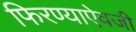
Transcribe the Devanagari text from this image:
फिरण्याऐवजी